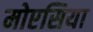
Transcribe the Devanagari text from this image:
मोएसिया